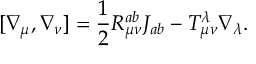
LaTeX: [ \nabla _ { \mu } , \nabla _ { \nu } ] = \frac { 1 } { 2 } R _ { \mu \nu } ^ { a b } J _ { a b } - T _ { \mu \nu } ^ { \lambda } \nabla _ { \lambda } .